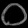
Digit: ၀